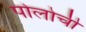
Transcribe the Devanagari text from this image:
पोलोची